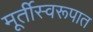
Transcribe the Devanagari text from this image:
मूर्तीस्वरूपात